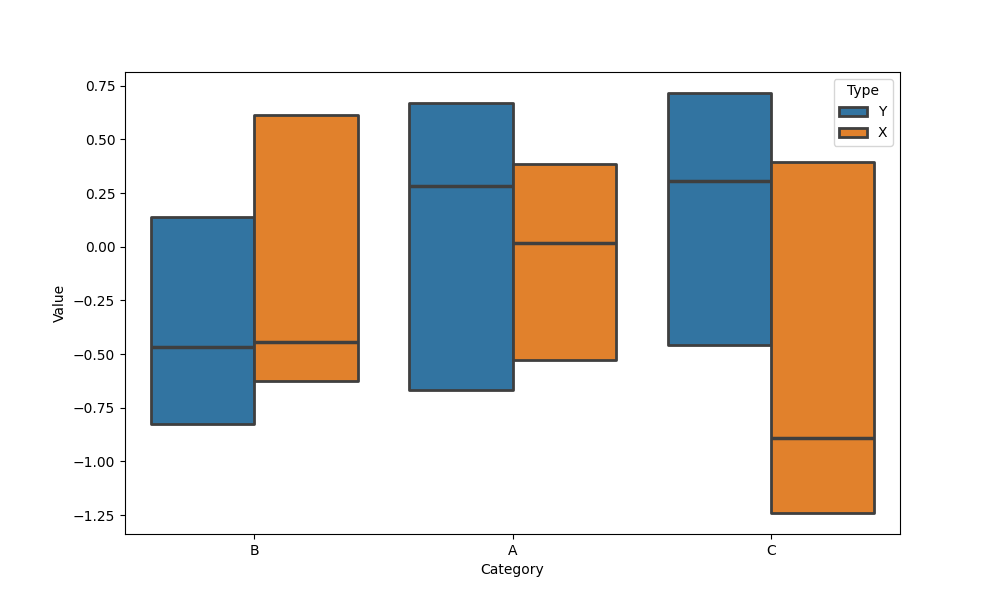
python, seaborn, boxenplot, k_depth='tukey', linewidth=2, scale='exponential', outlier_prop=0.2, showfliers=False